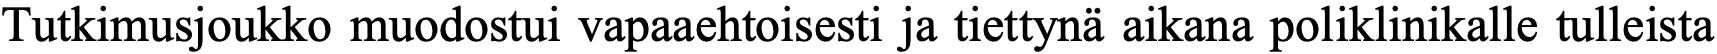
Tutkimusjoukko muodostui vapaaehtoisesti ja tiettynä aikana poliklinikalle tulleista